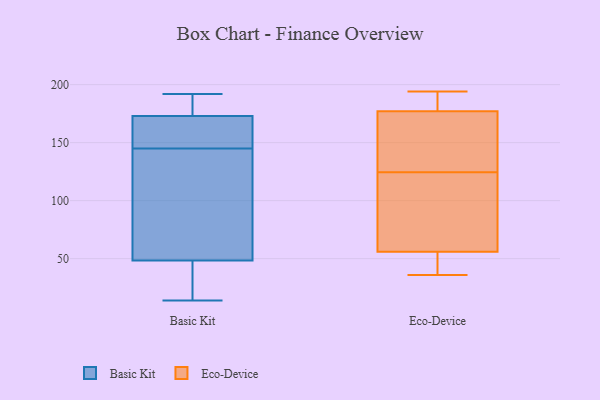
{"axis": {"x": "LTV (USD)", "y": "Value"}, "legend": ["Basic Kit", "Eco-Device"], "data": [{"x": "", "y": 147, "type": "Basic Kit"}, {"x": "", "y": 44, "type": "Basic Kit"}, {"x": "", "y": 51, "type": "Basic Kit"}, {"x": "", "y": 22, "type": "Basic Kit"}, {"x": "", "y": 175, "type": "Basic Kit"}, {"x": "", "y": 46, "type": "Basic Kit"}, {"x": "", "y": 175, "type": "Basic Kit"}, {"x": "", "y": 192, "type": "Basic Kit"}, {"x": "", "y": 176, "type": "Basic Kit"}, {"x": "", "y": 80, "type": "Basic Kit"}, {"x": "", "y": 104, "type": "Basic Kit"}, {"x": "", "y": 14, "type": "Basic Kit"}, {"x": "", "y": 143, "type": "Basic Kit"}, {"x": "", "y": 171, "type": "Basic Kit"}, {"x": "", "y": 171, "type": "Basic Kit"}, {"x": "", "y": 147, "type": "Basic Kit"}, {"x": "", "y": 134, "type": "Eco-Device"}, {"x": "", "y": 36, "type": "Eco-Device"}, {"x": "", "y": 179, "type": "Eco-Device"}, {"x": "", "y": 86, "type": "Eco-Device"}, {"x": "", "y": 127, "type": "Eco-Device"}, {"x": "", "y": 194, "type": "Eco-Device"}, {"x": "", "y": 122, "type": "Eco-Device"}, {"x": "", "y": 56, "type": "Eco-Device"}, {"x": "", "y": 177, "type": "Eco-Device"}, {"x": "", "y": 37, "type": "Eco-Device"}]}